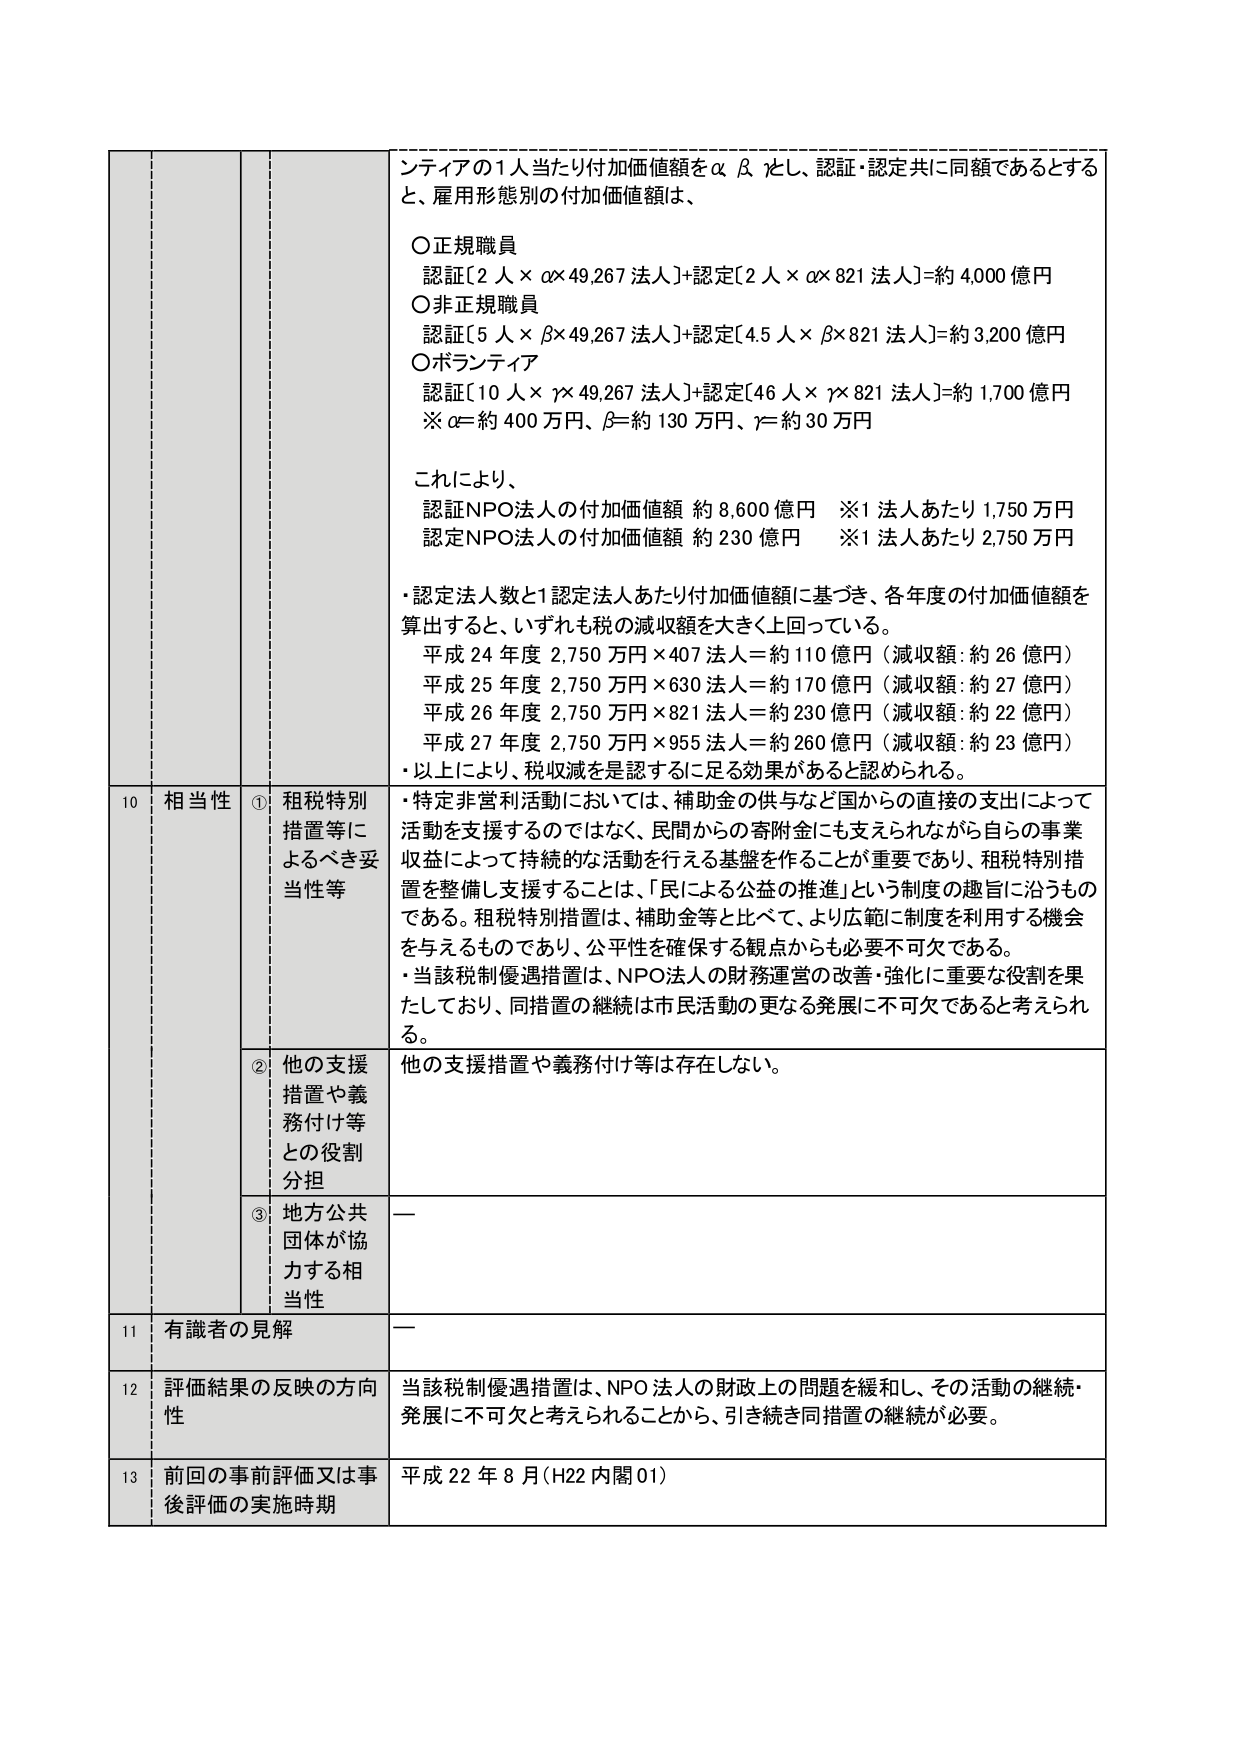
ンティアの1人当たり付加価値額をα β γとし、認証・認定共に同額であるとする
と、雇用形態別の付加価値額は、

○正規職員
認証[2人×α×49,267法人]+認定[2人×α×821法人]=約4,000億円

○非正規職員
認証[5人×β×49,267法人]+認定[4.5人×β×821法人]=約3,200億円

○ボランティア
認証[10人×γ×49,267法人]+認定[46人×γ×821法人]=約1,700億円
※α=約400万円、β=約130万円、γ=約30万円

これにより、
認証NPO法人の付加価値額 約8,600億円 ※1法人あたり1,750万円
認定NPO法人の付加価値額 約230億円 ※1法人あたり2,750万円

・認定法人数と1認定法人あたり付加価値額に基づき、各年度の付加価値額を
算出すると、いずれも税の減収額を大きく上回っている。
平成24年度 2,750万円×407法人＝約110億円（減収額：約26億円）
平成25年度 2,750万円×630法人＝約170億円（減収額：約27億円）
平成26年度 2,750万円×821法人＝約230億円（減収額：約22億円）
平成27年度 2,750万円×955法人＝約260億円（減収額：約23億円）
・以上により、税収減を是認するに足る効果があると認められる。

10 相当性
① 租税特別措置等によるべき妥当性等
・特定非営利活動においては、補助金の供与など国からの直接の支出によって
活動を支援するのではなく、民間からの寄附金にも支えられながら自らの事業
収益によって持続的な活動を行える基盤を作ることが重要であり、租税特別措
置を整備し支援することは、「民による公益の推進」という制度の趣旨に沿うもの
である。租税特別措置は、補助金等と比べて、より広範に制度を利用する機会
を与えるものであり、公平性を確保する観点からも必要不可欠である。
・当該税制優遇措置は、NPO法人の財務運営の改善・強化に重要な役割を果
たしており、同措置の継続は市民活動の更なる発展に不可欠であると考えられ
る。

② 他の支援措置や義務付け等との役割分担
他の支援措置や義務付け等は存在しない。

③ 地方公共団体が協力する相当性
ー

11 有識者の見解
ー

12 評価結果の反映の方向性
当該税制優遇措置は、NPO法人の財政上の問題を緩和し、その活動の継続・
発展に不可欠と考えられることから、引き続き同措置の継続が必要。

13 前回の事前評価又は事後評価の実施時期
平成22年8月（H22内閣01）